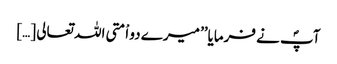
آپؐ نے فرمایا’’ میرے دو اْمتی اللہ تعالی […]